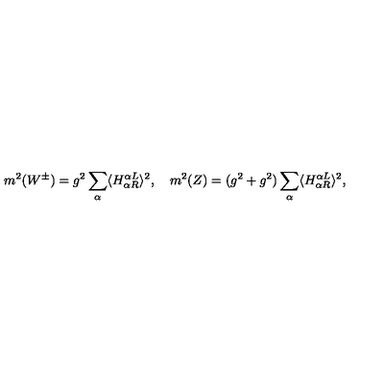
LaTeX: m ^ { 2 } ( W ^ { \pm } ) = g ^ { 2 } \sum _ { \alpha } \langle H _ { \alpha R } ^ { \alpha L } \rangle ^ { 2 } , \quad m ^ { 2 } ( Z ) = ( g ^ { 2 } + g ^ { 2 } ) \sum _ { \alpha } \langle H _ { \alpha R } ^ { \alpha L } \rangle ^ { 2 } , \quad